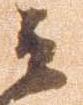
云